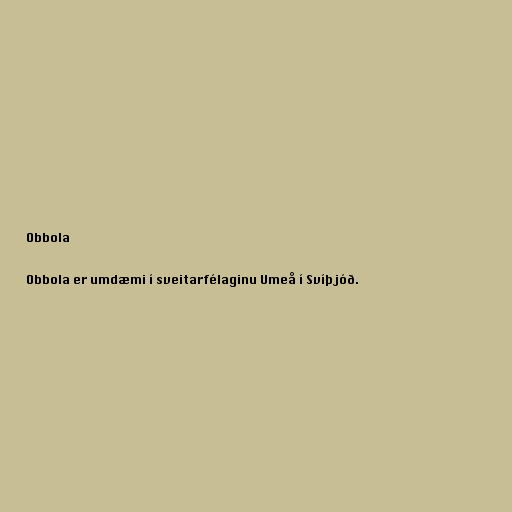
Obbola

Obbola er umdæmi í sveitarfélaginu Umeå í Svíþjóð.